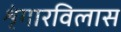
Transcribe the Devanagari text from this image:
शृंगारविलास